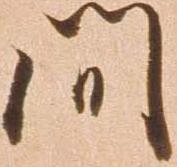
間